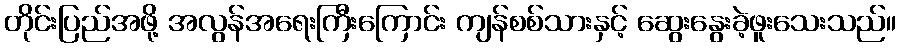
တိုင်းပြည်အဖို့ အလွန်အရေးကြီးကြောင်း ကျန်စစ်သားနှင့် ဆွေးနွေးခဲ့ဖူးသေးသည်။